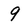
Character: 9